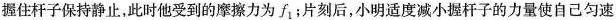
握住杆子保持静止，此时他受到的摩擦力为f_{1}；片刻后，小明适度减小握杆子的力量使自己匀速